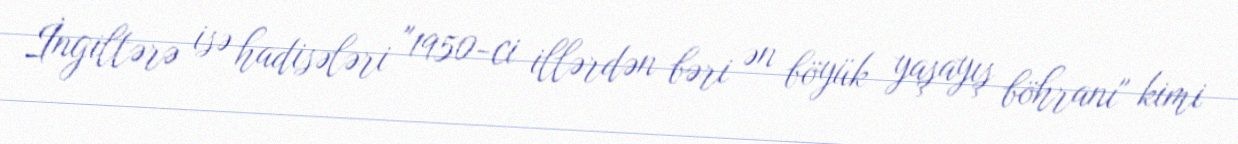
İngiltərə isə hadisələri "1950-ci illərdən bəri ən böyük yaşayış böhranı" kimi